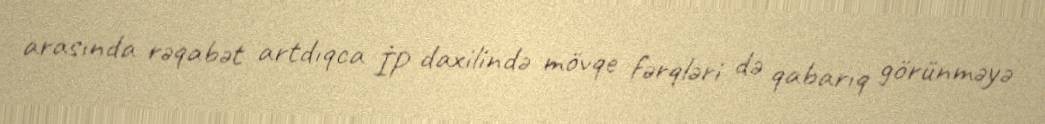
arasında rəqabət artdıqca İP daxilində mövqe fərqləri də qabarıq görünməyə